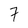
Character: 7